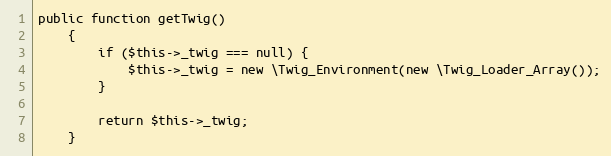
Language: PHP
public function getTwig()
    {
        if ($this->_twig === null) {
            $this->_twig = new \Twig_Environment(new \Twig_Loader_Array());
        }

        return $this->_twig;
    }